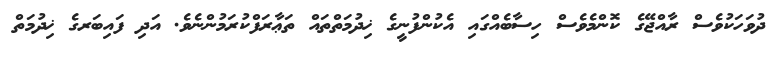
ދުވަހަކުވެސް ރާއްޖޭގެ ކޮންމެވެސް ހިސާބެއްގައި އެކުންފުނީގެ ޚިދުމަތްތައް ތަޢާރަފްކުރަމުންނެވެ. އަދި ފައިބަރގެ ޚިދުމަތް